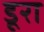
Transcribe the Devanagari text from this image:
डूरा